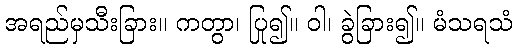
အရည်မှသီးခြား။ ကတွာ၊ ပြု၍။ ဝါ၊ ခွဲခြား၍။ မံသရသံ